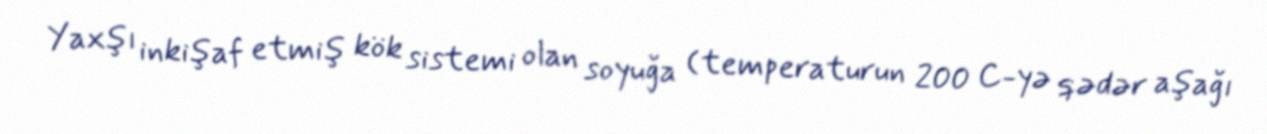
Yaxşı inkişaf etmiş kök sistemi olan soyuğa (temperaturun 200 C-yə qədər aşağı